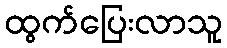
ထွက်ပြေးလာသူ